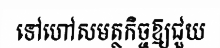
ទៅហៅសមត្ថកិច្ចឱ្យជួយ